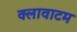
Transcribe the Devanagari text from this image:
क्लावाटम